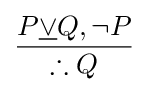
{\frac {P{\underline {\lor }}Q,\neg P}{\therefore Q}}